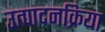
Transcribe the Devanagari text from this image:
उत्पादनक्रिया